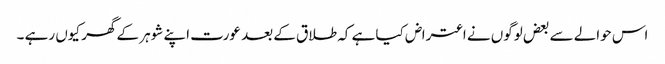
اس حوالے سے بعض لوگوں نے اعتراض کیا ہے کہ طلاق کے بعد عورت اپنے شوہر کے گھر کیوں رہے ۔